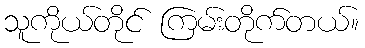
သူကိုယ်တိုင် ကြမ်းတိုက်တယ်။